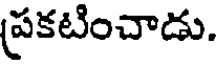
ప్రకటించాడు.